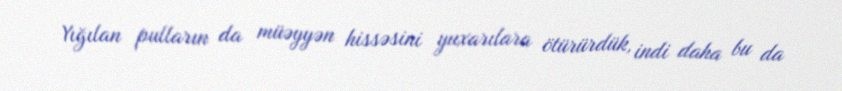
Yığılan pulların da müəyyən hissəsini yuxarılara ötürürdük, indi daha bu da